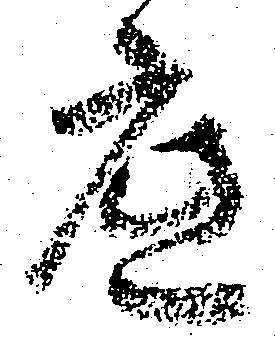
底